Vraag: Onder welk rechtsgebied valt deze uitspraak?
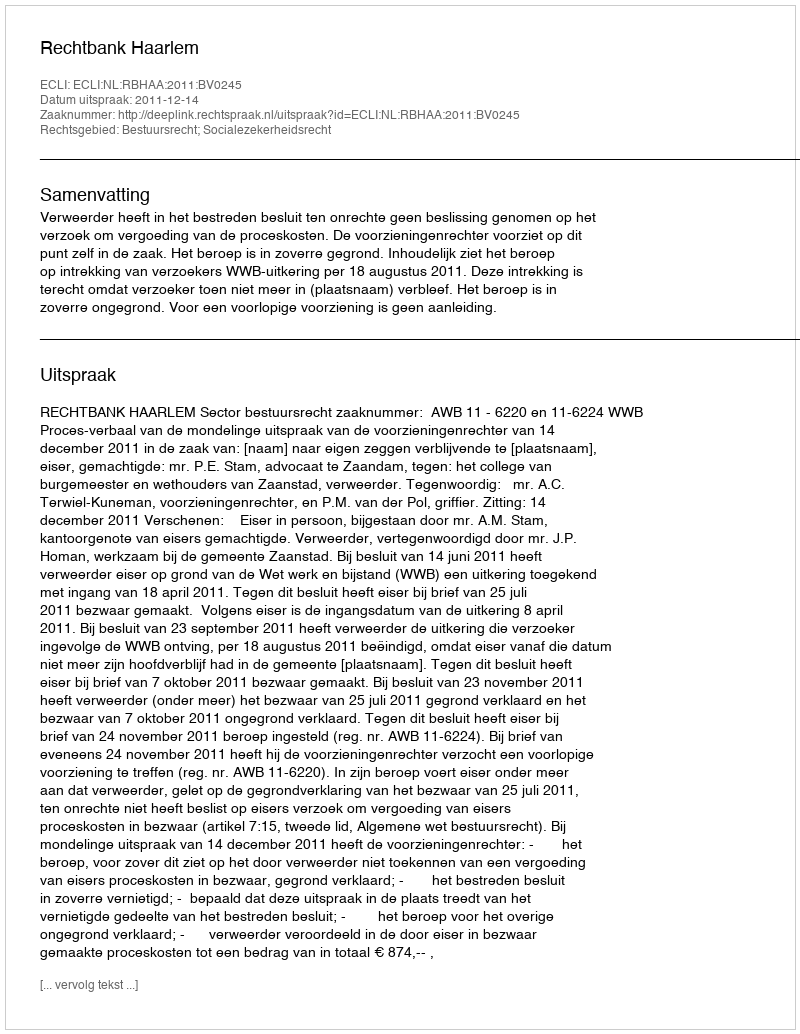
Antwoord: Bestuursrecht; Socialezekerheidsrecht